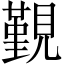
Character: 覲